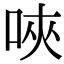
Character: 唊